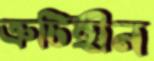
ত্রুটিহীন